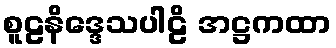
စူဠနိဒ္ဒေသပါဠိ အဋ္ဌကထာ